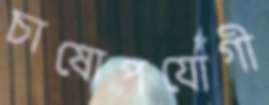
চাষোপযোগী